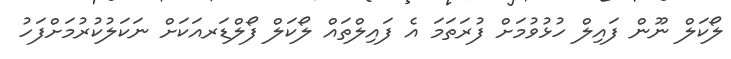
ލޯކަލް ނޫން ފައިލް ހުޅުވުމަށް ފުރަތަމަ އެ ފައިލްތައް ލޯކަލް ފޯލްޑަރއަކަށް ނަކަލުކުރުމަށްފަހު